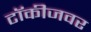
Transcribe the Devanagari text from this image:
टॉकीजवर